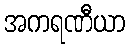
အကရဏီယာ